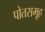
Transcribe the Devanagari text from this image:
पोतसमूह